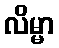
လိမ္မာ